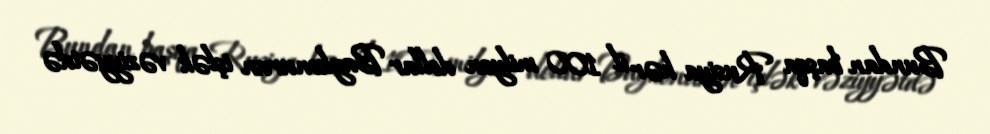
Bundan başqa Rusiya hər il 100 milyon dollar Baykonurun işlək vəziyyətdə